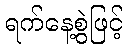
ရက်နေ့စွဲဖြင့်